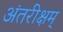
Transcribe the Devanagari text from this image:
अंतरीक्षम्